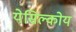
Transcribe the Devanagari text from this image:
येसिल्कोय